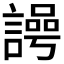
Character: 𮘲